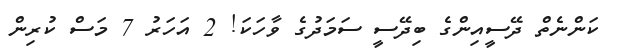
ކަންނެތް ދޭސީއިންގެ ބިދޭސީ ސަމަދުގެ ވާހަކަ! 2 އަހަރު 7 މަސް ކުރިން